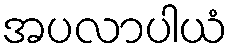
အပလာပါယံ